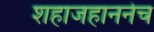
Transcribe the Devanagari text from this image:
शहाजहाननेच